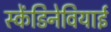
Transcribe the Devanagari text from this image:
स्केंडिनेवियाई